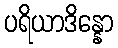
ပရိယာဒိန္နော